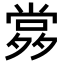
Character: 𡖹